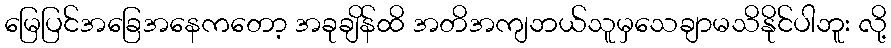
မြေပြင်အခြေအနေကတော့ အခုချိန်ထိ အတိအကျဘယ်သူမှသေချာမသိနိုင်ပါဘူး လို့